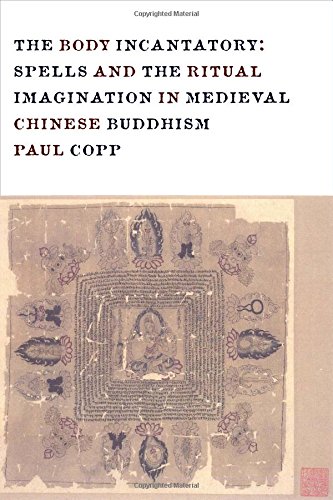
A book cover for The Body Incantatory: Spells and the Ritual Imagination in Medieval Chinese Buddhism (The Sheng Yen Series in Chinese Buddhist Studies); Paul Copp; Christian Books & Bibles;